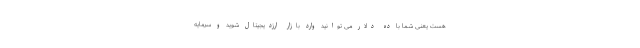
هست یعنی شما با ده دلار می توانید وارد بازار ارزدیجیتال شوید و سرمایه